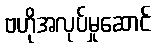
ဗဟိုအလုပ်မှုဆောင်